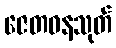
ဇေတဝနသုတ်